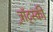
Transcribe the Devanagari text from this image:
ट्र्रॉट्स्की